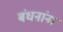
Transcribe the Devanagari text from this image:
बंधनांना